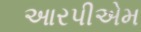
આરપીએમ